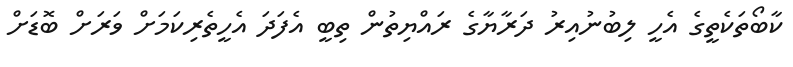
ކާބޯތަކެތީގެ އެހީ ލިބުނުއިރު ދަރާޔާގެ ރައްޔިތުން ތިބީ އެފަދަ އެހީތެރިކަމަށް ވަރަށް ބޮޑަށް